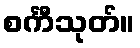
စင်္ကီသုတ်။